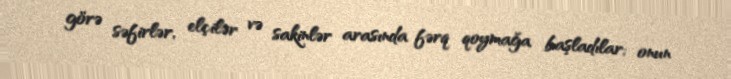
görə səfirlər, elçilər və sakinlər arasında fərq qoymağa başladılar; onun